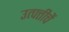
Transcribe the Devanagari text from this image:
उत्पत्तीचें